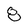
Character: 8